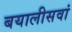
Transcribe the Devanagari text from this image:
बयालीसवां